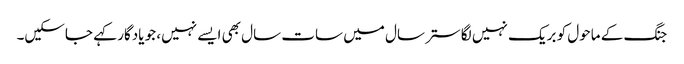
جنگ کے ماحول کو بریک نہیں لگا ستر سال میں سات سال بھی ایسے نہیں، جو یادگار کہے جاسکیں۔